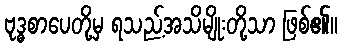
ဗုဒ္ဓစာပေတို့မှ ရသည့်အသိမျိုးတို့သာ ဖြစ်၏။